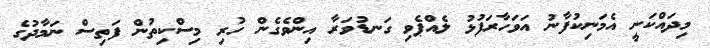
މިދައްކަނީ އެމަނިކުފާނު އަވަހާރަފުޅު ލެއްޕެވި ގަނޑުވަރާ އިންވެގެން ހުރި މިސްކިތުން ފަތިސް ނަމާދުގެ